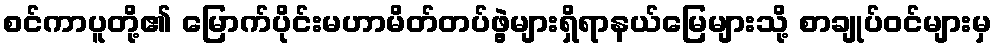
စင်ကာပူတို့၏ မြောက်ပိုင်းမဟာမိတ်တပ်ဖွဲ့များရှိရာနယ်မြေများသို့ စာချုပ်ဝင်များမှ